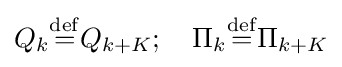
Q_{k}{\stackrel {\mathrm {def} }{=}}Q_{k+K};\quad \Pi _{k}{\stackrel {\mathrm {def} }{=}}\Pi _{k+K}